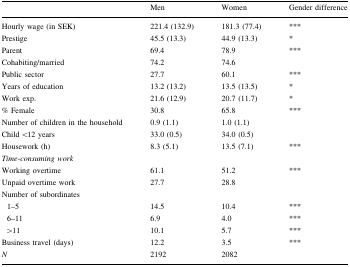
<table><thead><tr><td></td><td><b>Men</b></td><td><b>Women</b></td><td><b>Gender difference</b></td></tr></thead><tbody><tr><td>Hourly wage (in SEK)</td><td>221.4 (132.9)</td><td>181.3 (77.4)</td><td>***</td></tr><tr><td>Prestige</td><td>45.5 (13.3)</td><td>44.9 (13.3)</td><td>*</td></tr><tr><td>Parent</td><td>69.4</td><td>78.9</td><td>***</td></tr><tr><td>Cohabiting/married</td><td>74.2</td><td>74.6</td><td></td></tr><tr><td>Public sector</td><td>27.7</td><td>60.1</td><td>***</td></tr><tr><td>Years of education</td><td>13.2 (13.2)</td><td>13.5 (13.5)</td><td>*</td></tr><tr><td>Work exp.</td><td>21.6 (12.9)</td><td>20.7 (11.7)</td><td>*</td></tr><tr><td>% Female</td><td>30.8</td><td>65.8</td><td>***</td></tr><tr><td>Number of children in the household</td><td>0.9 (1.1)</td><td>1.0 (1.1)</td><td></td></tr><tr><td>Child &lt;12 years</td><td>33.0 (0.5)</td><td>34.0 (0.5)</td><td></td></tr><tr><td>Housework (h)</td><td>8.3 (5.1)</td><td>13.5 (7.1)</td><td>***</td></tr><tr><td><i>Time</i>-<i>consuming work</i></td><td></td><td></td><td></td></tr><tr><td>Working overtime</td><td>61.1</td><td>51.2</td><td>***</td></tr><tr><td>Unpaid overtime work</td><td>27.7</td><td>28.8</td><td></td></tr><tr><td>Number of subordinates</td><td></td><td></td><td></td></tr><tr><td> 1–5</td><td>14.5</td><td>10.4</td><td>***</td></tr><tr><td> 6–11</td><td>6.9</td><td>4.0</td><td>***</td></tr><tr><td> &gt;11</td><td>10.1</td><td>5.7</td><td>***</td></tr><tr><td>Business travel (days)</td><td>12.2</td><td>3.5</td><td>***</td></tr><tr><td><i>N</i></td><td>2192</td><td>2082</td><td></td></tr></tbody></table>